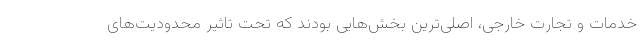
خدمات و تجارت خارجی، اصلی‌ترین بخش‌هایی بودند که تحت تاثیر محدودیت‌های